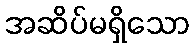
အဆိပ်မရှိသော